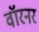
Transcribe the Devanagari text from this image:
वॉरनर